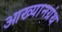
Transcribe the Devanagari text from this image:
आख्यानग्रंथ